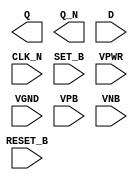
/**
 * Copyright 2020 The SkyWater PDK Authors
 *
 * Licensed under the Apache License, Version 2.0 (the "License");
 * you may not use this file except in compliance with the License.
 * You may obtain a copy of the License at
 *
 *     https://www.apache.org/licenses/LICENSE-2.0
 *
 * Unless required by applicable law or agreed to in writing, software
 * distributed under the License is distributed on an "AS IS" BASIS,
 * WITHOUT WARRANTIES OR CONDITIONS OF ANY KIND, either express or implied.
 * See the License for the specific language governing permissions and
 * limitations under the License.
 *
 * SPDX-License-Identifier: Apache-2.0
 */

`ifndef SKY130_FD_SC_LS__DFBBN_PP_BLACKBOX_V
`define SKY130_FD_SC_LS__DFBBN_PP_BLACKBOX_V

/**
 * dfbbn: Delay flop, inverted set, inverted reset, inverted clock,
 *        complementary outputs.
 *
 * Verilog stub definition (black box with power pins).
 *
 * WARNING: This file is autogenerated, do not modify directly!
 */

`timescale 1ns / 1ps
`default_nettype none

(* blackbox *)
module sky130_fd_sc_ls__dfbbn (
    Q      ,
    Q_N    ,
    D      ,
    CLK_N  ,
    SET_B  ,
    RESET_B,
    VPWR   ,
    VGND   ,
    VPB    ,
    VNB
);

    output Q      ;
    output Q_N    ;
    input  D      ;
    input  CLK_N  ;
    input  SET_B  ;
    input  RESET_B;
    input  VPWR   ;
    input  VGND   ;
    input  VPB    ;
    input  VNB    ;
endmodule

`default_nettype wire
`endif  // SKY130_FD_SC_LS__DFBBN_PP_BLACKBOX_V